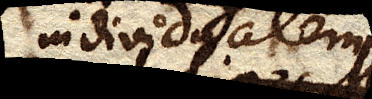
individualem